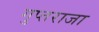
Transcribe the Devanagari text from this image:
गुप्तराजा